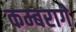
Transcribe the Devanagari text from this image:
कम्बरागे